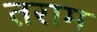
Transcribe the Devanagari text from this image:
तराम